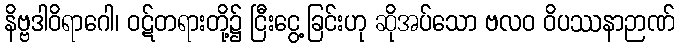
နိဗ္ဗဒါဝိရာဂေါ၊ ဝဋ်တရားတို့၌ ငြီးငွေ့ခြင်းဟု ဆိုအပ်သော ဗလဝ ဝိပဿနာဉာဏ်